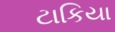
ટાકિયા